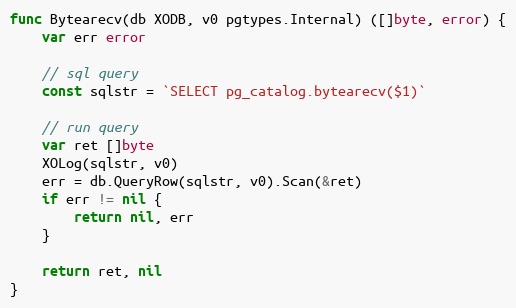
Language: Go
func Bytearecv(db XODB, v0 pgtypes.Internal) ([]byte, error) {
	var err error

	// sql query
	const sqlstr = `SELECT pg_catalog.bytearecv($1)`

	// run query
	var ret []byte
	XOLog(sqlstr, v0)
	err = db.QueryRow(sqlstr, v0).Scan(&ret)
	if err != nil {
		return nil, err
	}

	return ret, nil
}